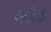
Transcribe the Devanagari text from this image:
गंधीजी